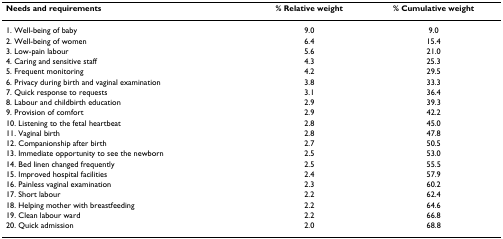
| Needs and requirements | % Relative weight | % Cumulative weight |
 | --- | --- | --- |
 | 1. Well-being of baby | 9.0 | 9.0 |
 | 2. Well-being of women | 6.4 | 15.4 |
 | 3. Low-pain labour | 5.6 | 21.0 |
 | 4. Caring and sensitive staff | 4.3 | 25.3 |
 | 5. Frequent monitoring | 4.2 | 29.5 |
 | 6. Privacy during birth and vaginal examination | 3.8 | 33.3 |
 | 7. Quick response to requests | 3.1 | 36.4 |
 | 8. Labour and childbirth education | 2.9 | 39.3 |
 | 9. Provision of comfort | 2.9 | 42.2 |
 | 10. Listening to the fetal heartbeat | 2.8 | 45.0 |
 | 11. Vaginal birth | 2.8 | 47.8 |
 | 12. Companionship after birth | 2.7 | 50.5 |
 | 13. Immediate opportunity to see the newborn | 2.5 | 53.0 |
 | 14. Bed linen changed frequently | 2.5 | 55.5 |
 | 15. Improved hospital facilities | 2.4 | 57.9 |
 | 16. Painless vaginal examination | 2.3 | 60.2 |
 | 17. Short labour | 2.2 | 62.4 |
 | 18. Helping mother with breastfeeding | 2.2 | 64.6 |
 | 19. Clean labour ward | 2.2 | 66.8 |
 | 20. Quick admission | 2.0 | 68.8 |